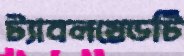
ট্যাবলয়েডটি